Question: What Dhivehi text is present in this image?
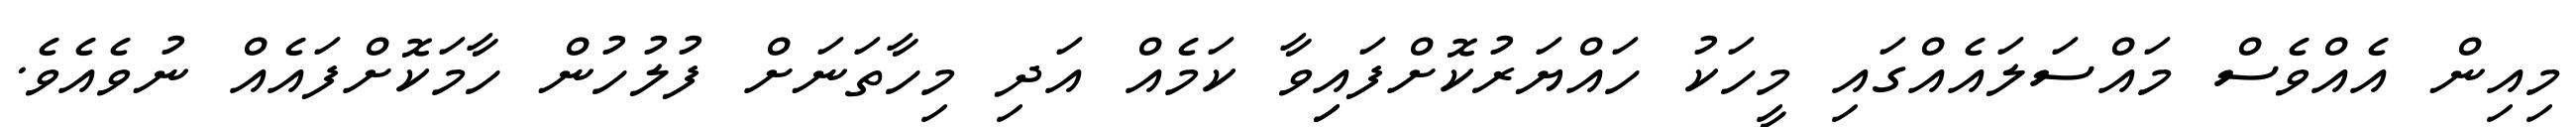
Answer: މިއިން އެއްވެސް މައްސަލައެއްގައި މީހަކު ހައްޔަރުކޮށްފައިިވާ ކަމެއް އަދި މިހާތަނަށް ފުލުހުން ހާމަކޮށްފައެއް ނުވެއެވެ.